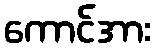
ကောင်အား